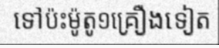
ទៅប៉ះម៉ូតូ១គ្រឿងទៀត